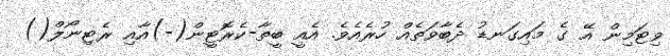
ވިޓަމިން އޭ ގެ މައިގަނޑު ދެބާވަތެއް ހުރެއެވެ. އެއީ ބީތާ-ކެރޮޓީން(-)އާއި ރެޓިނޯލް()